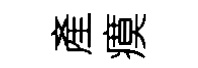
產瘼